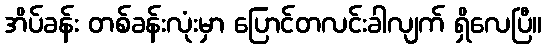
အိပ်ခန်း တစ်ခန်းလုံးမှာ ပြောင်တလင်းခါလျက် ရှိလေပြီ။